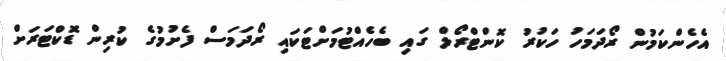
އެހެންކަމުން ރޯދަމަހު ހަކުރު ކޮންޓްރޯލް ގައި ބެހެއްޓުމަށްޓަކައި ރޯދަމަސް ފެށުމުގެ ކުރިން ޑޮކްޓަރަށް